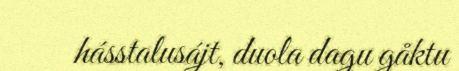
hásstalusájt, duola dagu gåktu